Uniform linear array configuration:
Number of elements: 64
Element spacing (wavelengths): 1
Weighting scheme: hann
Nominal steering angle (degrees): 60
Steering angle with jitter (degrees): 61.219
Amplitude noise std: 0.05
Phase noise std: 0.05

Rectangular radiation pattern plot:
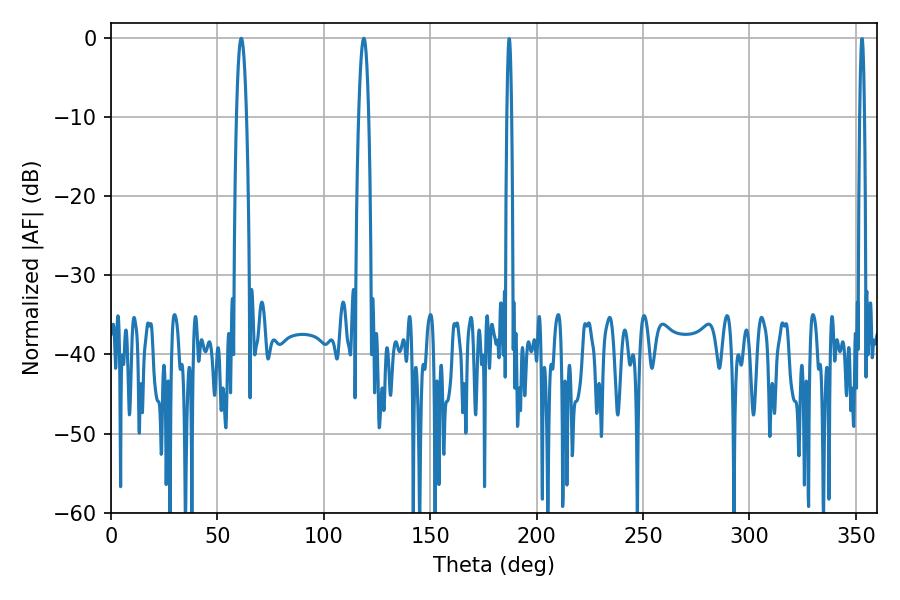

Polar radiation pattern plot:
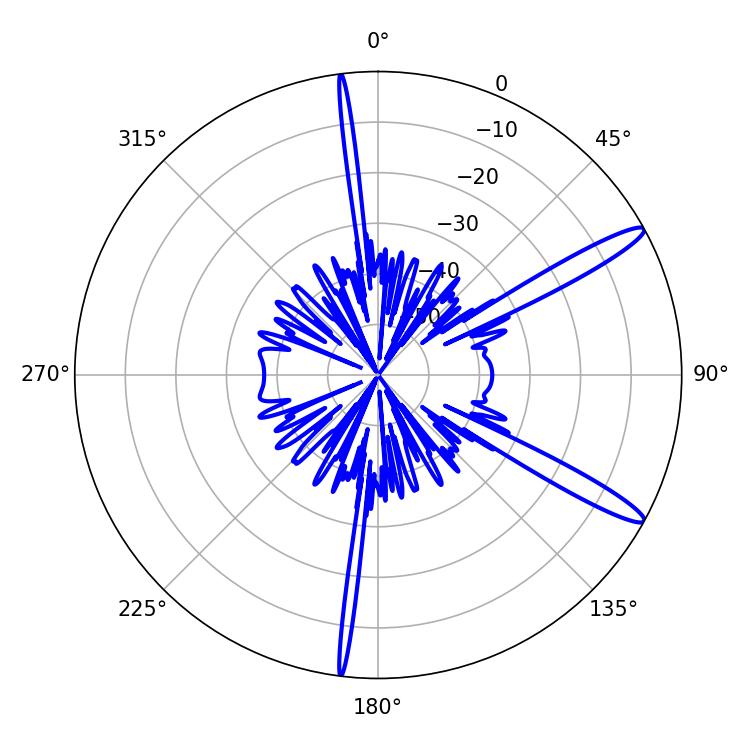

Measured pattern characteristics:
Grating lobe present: TRUE
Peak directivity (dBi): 13.929
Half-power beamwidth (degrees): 2.52
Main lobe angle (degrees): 61.2